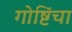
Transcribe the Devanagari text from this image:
गोष्टिंचा